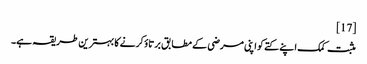
[17]
مثبت کمک اپنے کتے کو اپنی مرضی کے مطابق برتاؤ کرنے کا بہترین طریقہ ہے۔